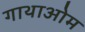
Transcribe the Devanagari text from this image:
गाथाओम